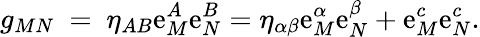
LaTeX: g_{MN}~=~\eta_{AB}\mathrm{e}_{M}^{A}\mathrm{e}_{N}^{B}=\eta_{\alpha\beta}\mathrm{e}_{M}^{\alpha}\mathrm{e}_{N}^{\beta}+\mathrm{e}_{M}^{c}\mathrm{e}_{N}^{c}.